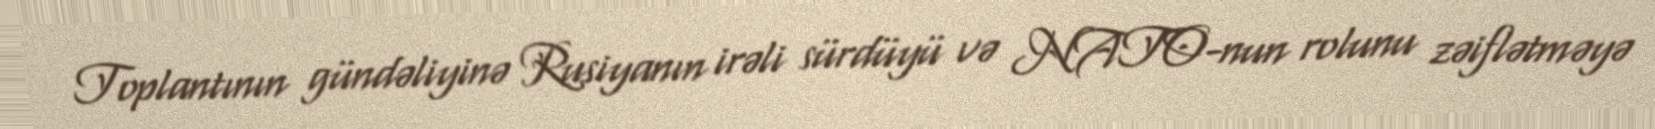
Toplantının gündəliyinə Rusiyanın irəli sürdüyü və NATO-nun rolunu zəiflətməyə